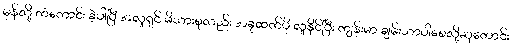
မှန်လို့ ကံကောင်း ခဲ့ပါပြီ အလှုရှင် မိသားစုလည်း အခုထက်ပို လှုနိုင်ပြီး ကျန်းမာ ချမ်းသာပါစေလို့ဆုတောင်း